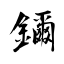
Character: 鏊